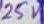
Text: 25V